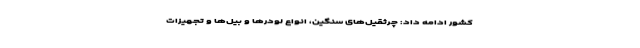
کشور ادامه داد: چرثقیل‌های سنگین، انواع لودرها و بیل‌ها و تجهیزات